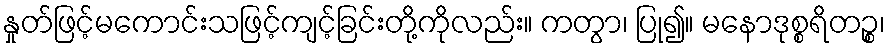
နှုတ်ဖြင့်မကောင်းသဖြင့်ကျင့်ခြင်းတို့ကိုလည်း။ ကတွာ၊ ပြု၍။ မနောဒုစ္စရိတဉ္စ၊